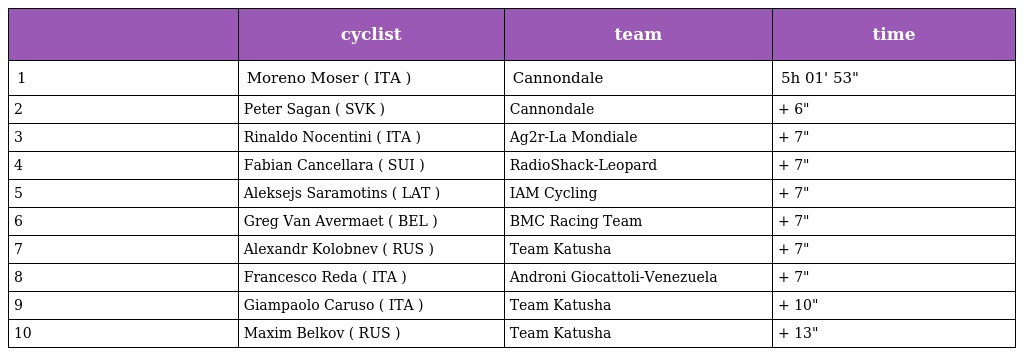
|  | cyclist | team | time |
 | --- | --- | --- | --- |
 | 1 | Moreno Moser ( ITA ) | Cannondale | 5h 01' 53" |
 | 2 | Peter Sagan ( SVK ) | Cannondale | + 6" |
 | 3 | Rinaldo Nocentini ( ITA ) | Ag2r-La Mondiale | + 7" |
 | 4 | Fabian Cancellara ( SUI ) | RadioShack-Leopard | + 7" |
 | 5 | Aleksejs Saramotins ( LAT ) | IAM Cycling | + 7" |
 | 6 | Greg Van Avermaet ( BEL ) | BMC Racing Team | + 7" |
 | 7 | Alexandr Kolobnev ( RUS ) | Team Katusha | + 7" |
 | 8 | Francesco Reda ( ITA ) | Androni Giocattoli-Venezuela | + 7" |
 | 9 | Giampaolo Caruso ( ITA ) | Team Katusha | + 10" |
 | 10 | Maxim Belkov ( RUS ) | Team Katusha | + 13" |